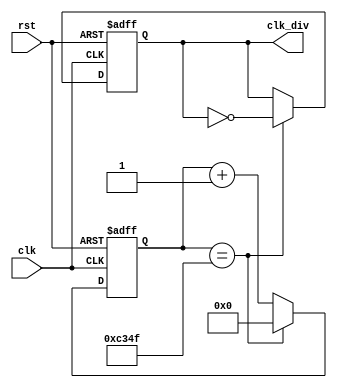
`timescale 1ns / 1ps
//////////////////////////////////////////////////////////////////////////////////
// Company: 
// Engineer: 
// 
// Design Name: 
// Module Name: part5
// Project Name: 
// Target Devices: 
// Tool Versions: 
// Description: 
// 
// Dependencies: 
// 
// Revision:
// Revision 0.01 - File Created
// Additional Comments:
// 
//////////////////////////////////////////////////////////////////////////////////


module ClkDivider1k (
    input clk, rst,
    output reg clk_div
    );
	
localparam terminalcount = (50000 - 1);
reg [17:0] count;
wire tc;

assign tc = (count == terminalcount);	// Place a comparator on the counter output

always @ (posedge(clk), posedge(rst))
begin
    if (rst) count <= 0;
    else if (tc) count <= 0;		// Reset counter when terminal count reached
    else count <= count + 1;
end

always @ (posedge(clk), posedge(rst))
begin
    if (rst) clk_div <= 0;
    else if (tc) clk_div = !clk_div;	// T-FF with tc as input signal
end
endmodule

module decoder_7_seg1(
    input [3:0] I0,
    output reg [7:0] SEG
    );

always @(I0)
begin
    case(I0)
        0 : SEG = 7'b1000000;
        1 : SEG = 7'b1111001;
        2 : SEG = 7'b0100100;
        3 : SEG = 7'b0110000;
        4 : SEG = 7'b0011001;
        5 : SEG = 7'b0010010;
        6 : SEG = 7'b0000010;
        7 : SEG = 7'b1111000;
        8 : SEG = 7'b0000000;
        9 : SEG = 7'b0010000;
        default : SEG = 7'b1111111; 
    endcase
end
endmodule

module counter4(
    input clk, rst,
    output reg [3:0] counterout,
    output reg clk_div
    );
    
 always @ (posedge(clk), posedge(rst))
 begin
     if (rst) 
     begin
        clk_div <= 0;
        counterout <= 0;
     end
     else if (clk & (counterout <= 8))
     begin 
        clk_div <= 0;
        counterout <= counterout + 1;
     end
     else 
     begin
        clk_div <= 1;
        counterout <= 0;
     end
end
endmodule

module counter5(
    input clk, rst,
    output reg [1:0] counterout
    );
    
 always @ (posedge(clk), posedge(rst))
 begin
     if (rst) counterout <= 0;
     else if (clk) counterout <= counterout + 1;
end
endmodule

module mux414bit(
    input [3:0] count1, count2, count3, count4,
    input [1:0] sel,
    output reg [3:0] an,
    output reg [3:0] outcount
    );
always @(count1, count2, count3, count4, sel)
begin
    case (sel)
        2'b00 : begin
                outcount <= count1;
                an <= 4'b1110;
            end        
        2'b01 : begin
                outcount <= count2;
                an <= 4'b1101;
            end
        2'b10 : begin
                outcount <= count3;
                an <= 4'b1011;
            end
        2'b11 : begin
                outcount <= count4;
                an <= 4'b0111;
            end
        default: an <= 4'b1111;
    endcase
end
endmodule